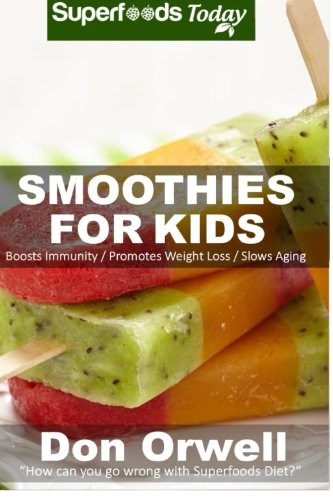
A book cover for Smoothies For Kids: 80+ Recipes, Whole Foods Diet, Heart Healthy Diet, Natural Foods, Blender Recipes, Detox Cleanse Juice, Smoothies for Weight ... loss - detox smoothie recipes) (Volume 40); Don Orwell; Cookbooks, Food & Wine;